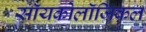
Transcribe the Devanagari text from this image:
सॉयकोलॉजिकल